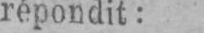
répondit: